Problem: 14 + 24 = ?
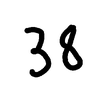
Handwritten answer: 38